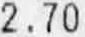
2.70